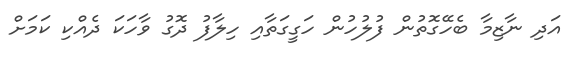
އަދި ނާޒިމާ ބެހޭގޮތުން ފުލުހުން ހަގީގަތާއި ހިލާފު ދޮގު ވާހަކަ ދެއްކި ކަމަށް